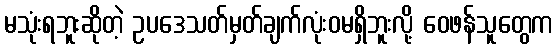
မသုံးရဘူးဆိုတဲ့ ဥပဒေသတ်မှတ်ချက်လုံးဝမရှိဘူးလို့ ဝေဖန်သူတွေက